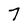
Character: 7